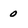
Character: o